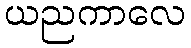
ယညကာလေ